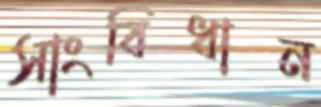
সাংবিধান